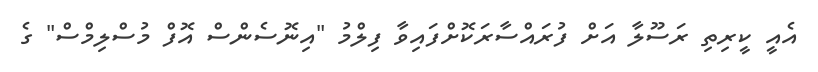
އެއީ ކީރިތި ރަސޫލާ އަށް ފުރައްސާރަކޮށްފައިވާ ފިލްމު "އިނޮސެންސް އޮފް މުސްލިމްސް" ގެ